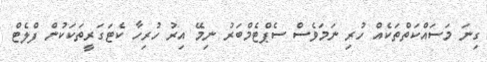
ގިނަ މަސައްކަތްތަކެއް ހުރި ނަމަވެސް ސެޕްޓެމްބަރު ނިމޭ އިރު ހުރިހާ ކެޓަގަރީތަކަކުން ފްލެޓް